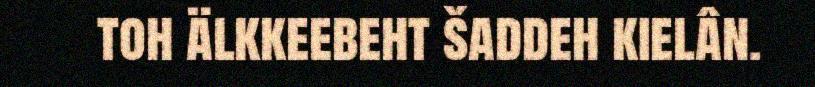
toh älkkeebeht šaddeh kielân.